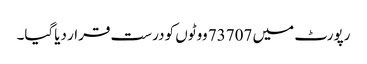
رپورٹ میں 73707 ووٹوں کو درست قرار دیاگیا۔